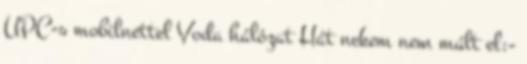
UPC-s mobilnettel Voda hálózat Hát nekem nem múlt el:-